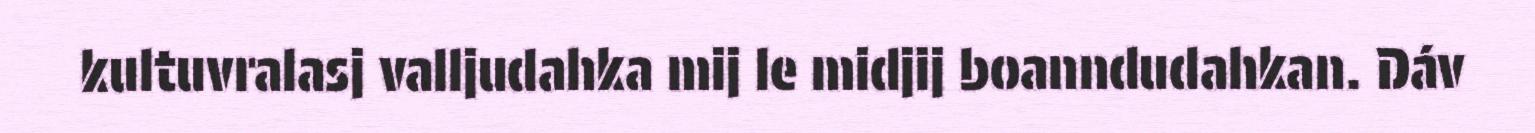
kultuvralasj valljudahka mij le midjij boanndudahkan. Dáv